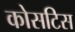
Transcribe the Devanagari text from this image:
कोसटिस